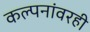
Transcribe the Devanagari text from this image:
कल्पनांवरही